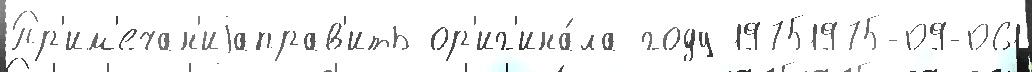
Пр'им'ечан'иjаправ'ить ор'иг'ина́ла году 19751975-09-061